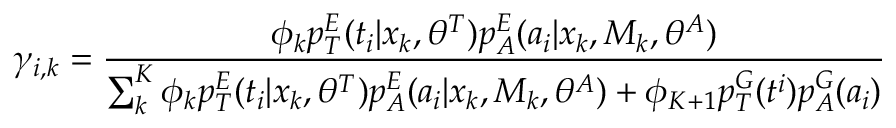
\gamma _ { i , k } = \frac { \phi _ { k } p _ { T } ^ { E } ( t _ { i } | x _ { k } , \theta ^ { T } ) p _ { A } ^ { E } ( a _ { i } | x _ { k } , M _ { k } , \theta ^ { A } ) } { { \sum _ { k } ^ { K } \phi _ { k } p _ { T } ^ { E } ( t _ { i } | x _ { k } , \theta ^ { T } ) p _ { A } ^ { E } ( a _ { i } | x _ { k } , M _ { k } , \theta ^ { A } ) + \phi _ { K + 1 } p _ { T } ^ { G } ( t ^ { i } ) p _ { A } ^ { G } ( a _ { i } ) } }